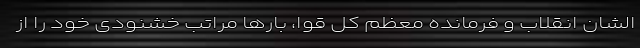
‌الشان انقلاب و فرمانده معظم کل قوا، بارها مراتب خشنودی خود را از